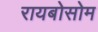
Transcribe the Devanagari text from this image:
रायबोसोम